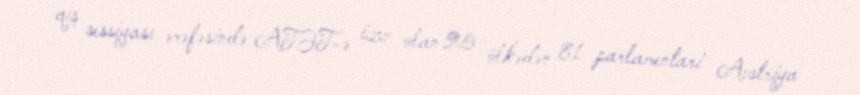
qış sessiyası ərəfəsində ATƏT-ə üzv olan 20 ölkədən 81 parlamentari Avstriya